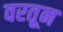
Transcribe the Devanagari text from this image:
वरतून